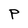
Character: P